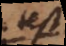
test